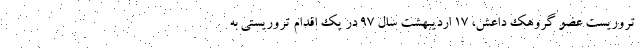
تروریست عضو گروهک داعش، ۱۷ اردیبهشت سال ۹۷ در یک اقدام تروریستی به